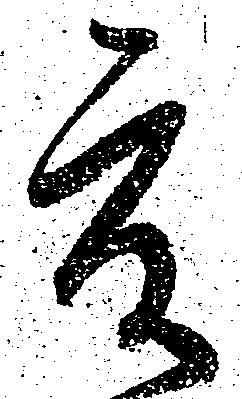
度